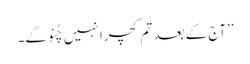
’’آج کے بعد تم کچرا نہیں چُنو گے۔